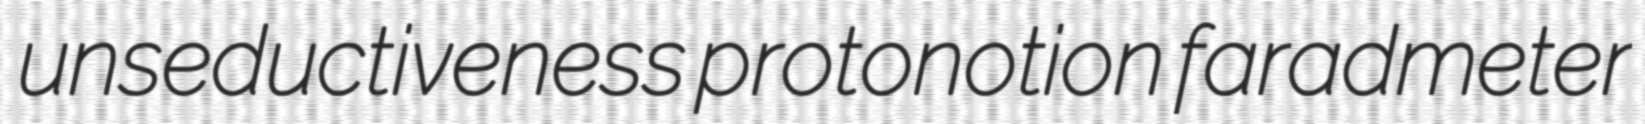
unseductiveness protonotion faradmeter